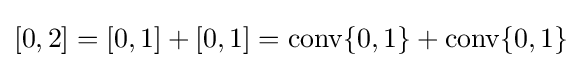
[0,2]=[0,1]+[0,1]=\operatorname {conv} \{0,1\}+\operatorname {conv} \{0,1\}